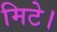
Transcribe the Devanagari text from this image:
मिटे।